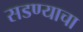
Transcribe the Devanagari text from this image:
सडण्याचा